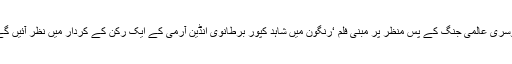
دوسری عالمی جنگ کے پس منظر پر مبنی فلم ‘رنگون میں شاہد کپور برطانوی انڈین آرمی کے ایک رکن کے کردار میں نظر آئیں گے۔